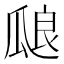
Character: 𰢝